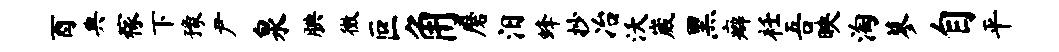
酉典稼下豫尹泉腆徵叵角磨汨蜂抄冶沃崴黑癖衽吾映淘蓼自平